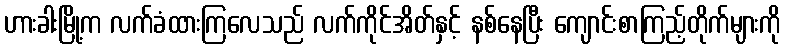
ဟားခါးမြို့က လက်ခံထားကြလေသည် လက်ကိုင်အိတ်နှင့် နစ်နေပြီး ကျောင်းစာကြည့်တိုက်များကို